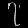
Digit: ၇